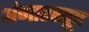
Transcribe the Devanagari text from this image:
अंगारस्तूप